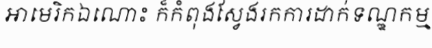
អាមេរិកឯណោះ ក៏កំពុងស្វែងរកការដាក់ទណ្ឌកម្ម